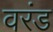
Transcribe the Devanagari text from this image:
वरंड